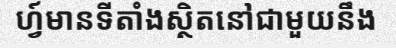
ហ្វ៍មានទីតាំងស្ថិតនៅជាមួយនឹង